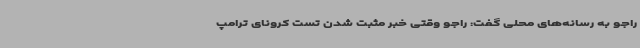
راجو به رسانه‌های محلی گفت: راجو وقتی خبر مثبت شدن تست کرونای ترامپ